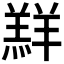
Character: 𮊲